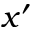
x ^ { \prime }